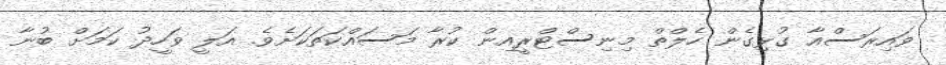
ވައިރަސްއާ ގުޅިގެން ހެލްތް މިނިސްޓްރީއިން ކުރާ މަސައްކަތަކަށެވެ. އަލީ ވަހީދު ކަމަށް ބުނާ